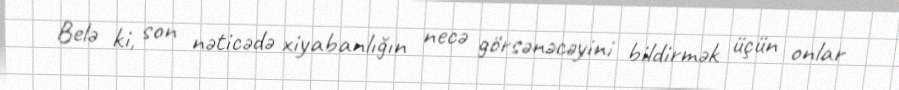
Belə ki, son nəticədə xiyabanlığın necə görsənəcəyini bildirmək üçün onlar